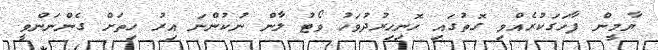
ޔާމީން ފާހަގަކުރެއްވި ގޮތުގައި ހޮނިހިރުދުވަހު ވޯޓުު ލާން ނުކުންނަ އިރު ހިތަށް ގެންނަންވީ